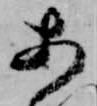
あ